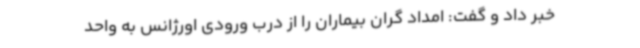
خبر داد و گفت: امداد گران بیماران را از درب ورودی اورژانس به واحد